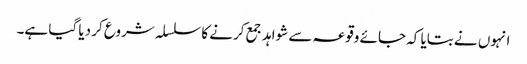
انہوں نے بتایا کہ جائے وقوعہ سے شواہد جمع کرنے کا سلسلہ شروع کر دیا گیا ہے۔